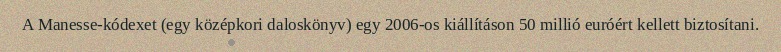
A Manesse-kódexet (egy középkori daloskönyv) egy 2006-os kiállításon 50 millió euróért kellett biztosítani.